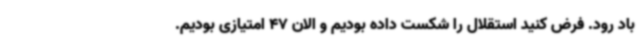
باد رود. فرض کنید استقلال را شکست داده بودیم و الان 47 امتیازی بودیم.